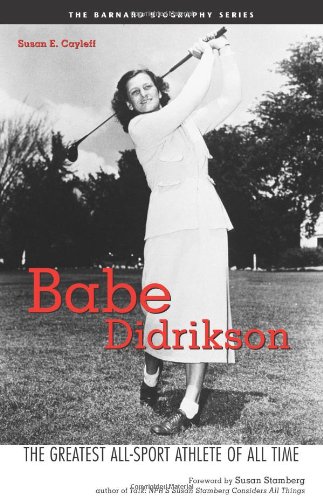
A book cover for Babe Didrikson: The Greatest All-Sport Athlete of All Time; Susan E. Cayleff; Teen & Young Adult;